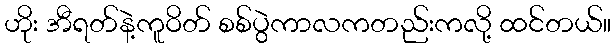
ဟိုး အီရတ်နဲ့ကူဝိတ် စစ်ပွဲကာလကတည်းကလို့ ထင်တယ်။